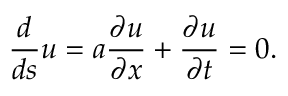
{ \frac { d } { d s } } u = a { \frac { \partial u } { \partial x } } + { \frac { \partial u } { \partial t } } = 0 .